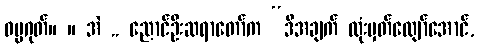
ဓမ္မဂုတ်။ ။ အဲ .. ညောင်ဦးဆရာတော်က “ဒီအချက် ထုံးမှတ်လျော်အောင်,